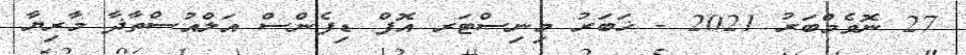
27 ނޮވެމްބަރު 2021 - ޚަބަރު މިނިސްޓަރ އޮފް ޑިފެންސް އަލްއުސްތާޛާ މާރިޔާ